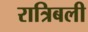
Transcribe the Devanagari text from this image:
रात्रिबली